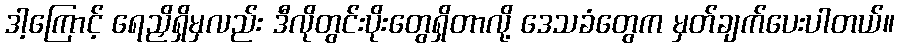
ဒါ့ကြောင့် ရေညှိရှိမှလည်း ဒီလိုတွင်းပိုးတွေရှိတာလို့ ဒေသခံတွေက မှတ်ချက်ပေးပါတယ်။